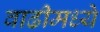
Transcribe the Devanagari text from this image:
वाढीमध्ये